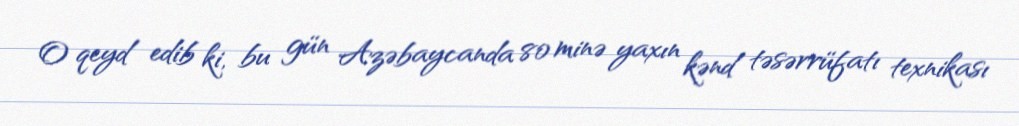
O qeyd edib ki, bu gün Azəbaycanda 80 minə yaxın kənd təsərrüfatı texnikası